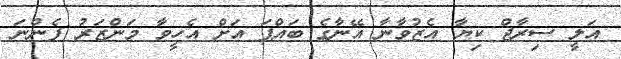
އަލީ ސިރާޖް ކިޔާ އެޒުވާނާ އޭނާގެ ބައްޕަ އަށް އެހީވާ މަންޒަރު ފެންނަ